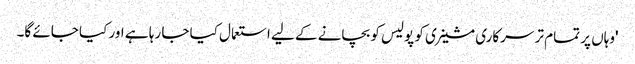
'وہاں پر تمام تر سرکاری مشینری کو پولیس کو بچانے کے لیے استعمال کیا جا رہا ہے اور کیا جائے گا۔